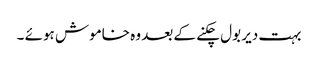
بہت دیر بول چکنے کے بعد وہ خاموش ہوئے ۔